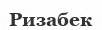
Ризабек